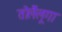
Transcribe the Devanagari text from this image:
तोलैंलूगा